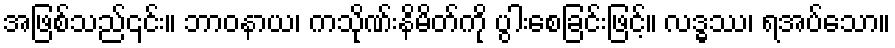
အဖြစ်သည်၎င်း။ ဘာဝနာယ၊ ကသိုဏ်းနိမိတ်ကို ပွါးစေခြင်းဖြင့်။ လဒ္ဓဿ၊ ရအပ်သော။